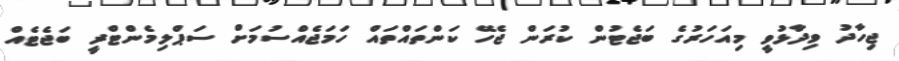
ޖިހާދު ވިދާޅުވީ މިއަހަރުގެ ބަޖެޓުން ކުރަން ޖެހޭ ކަންތައްތައް ހަމަޖެއްސުމަށް ސަޕްލިމެންޓްރީ ބަޖެޓެއް